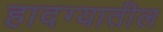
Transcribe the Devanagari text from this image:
हादग्यातील